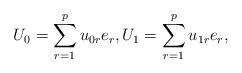
LaTeX: \begin{align*} U_0=\sum_{r=1}^pu_{0r}e_r,U_1=\sum_{r=1}^pu_{1r}e_r,\end{align*}